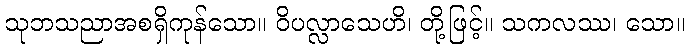
သုဘသညာအစရှိကုန်သော။ ဝိပလ္လာသေဟိ၊ တို့ဖြင့်။ သကလဿ၊ သော။